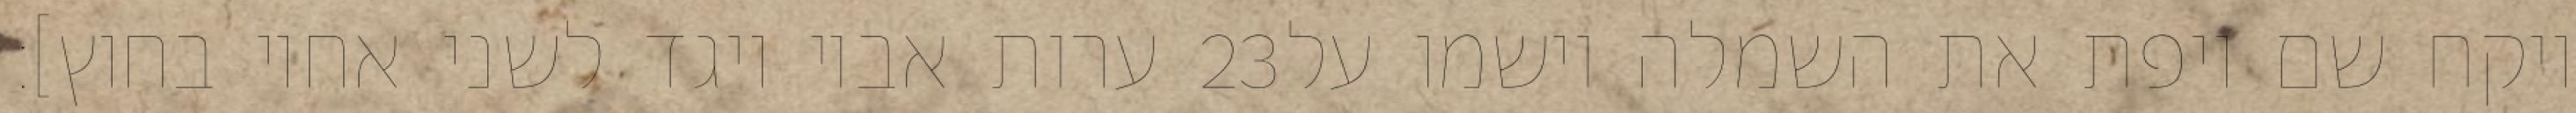
ערות אביו ויגד לשני אחיו בחוץ]׃ ‎23‏ ויקח שם ויפת את השמלה וישמו על